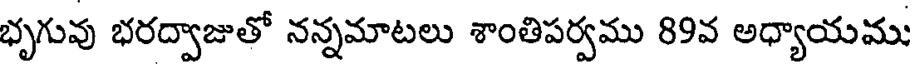
భృగువు భరద్వాజుతో నన్నమాటలు శాంతిపర్వము 89వ అధ్యాయము